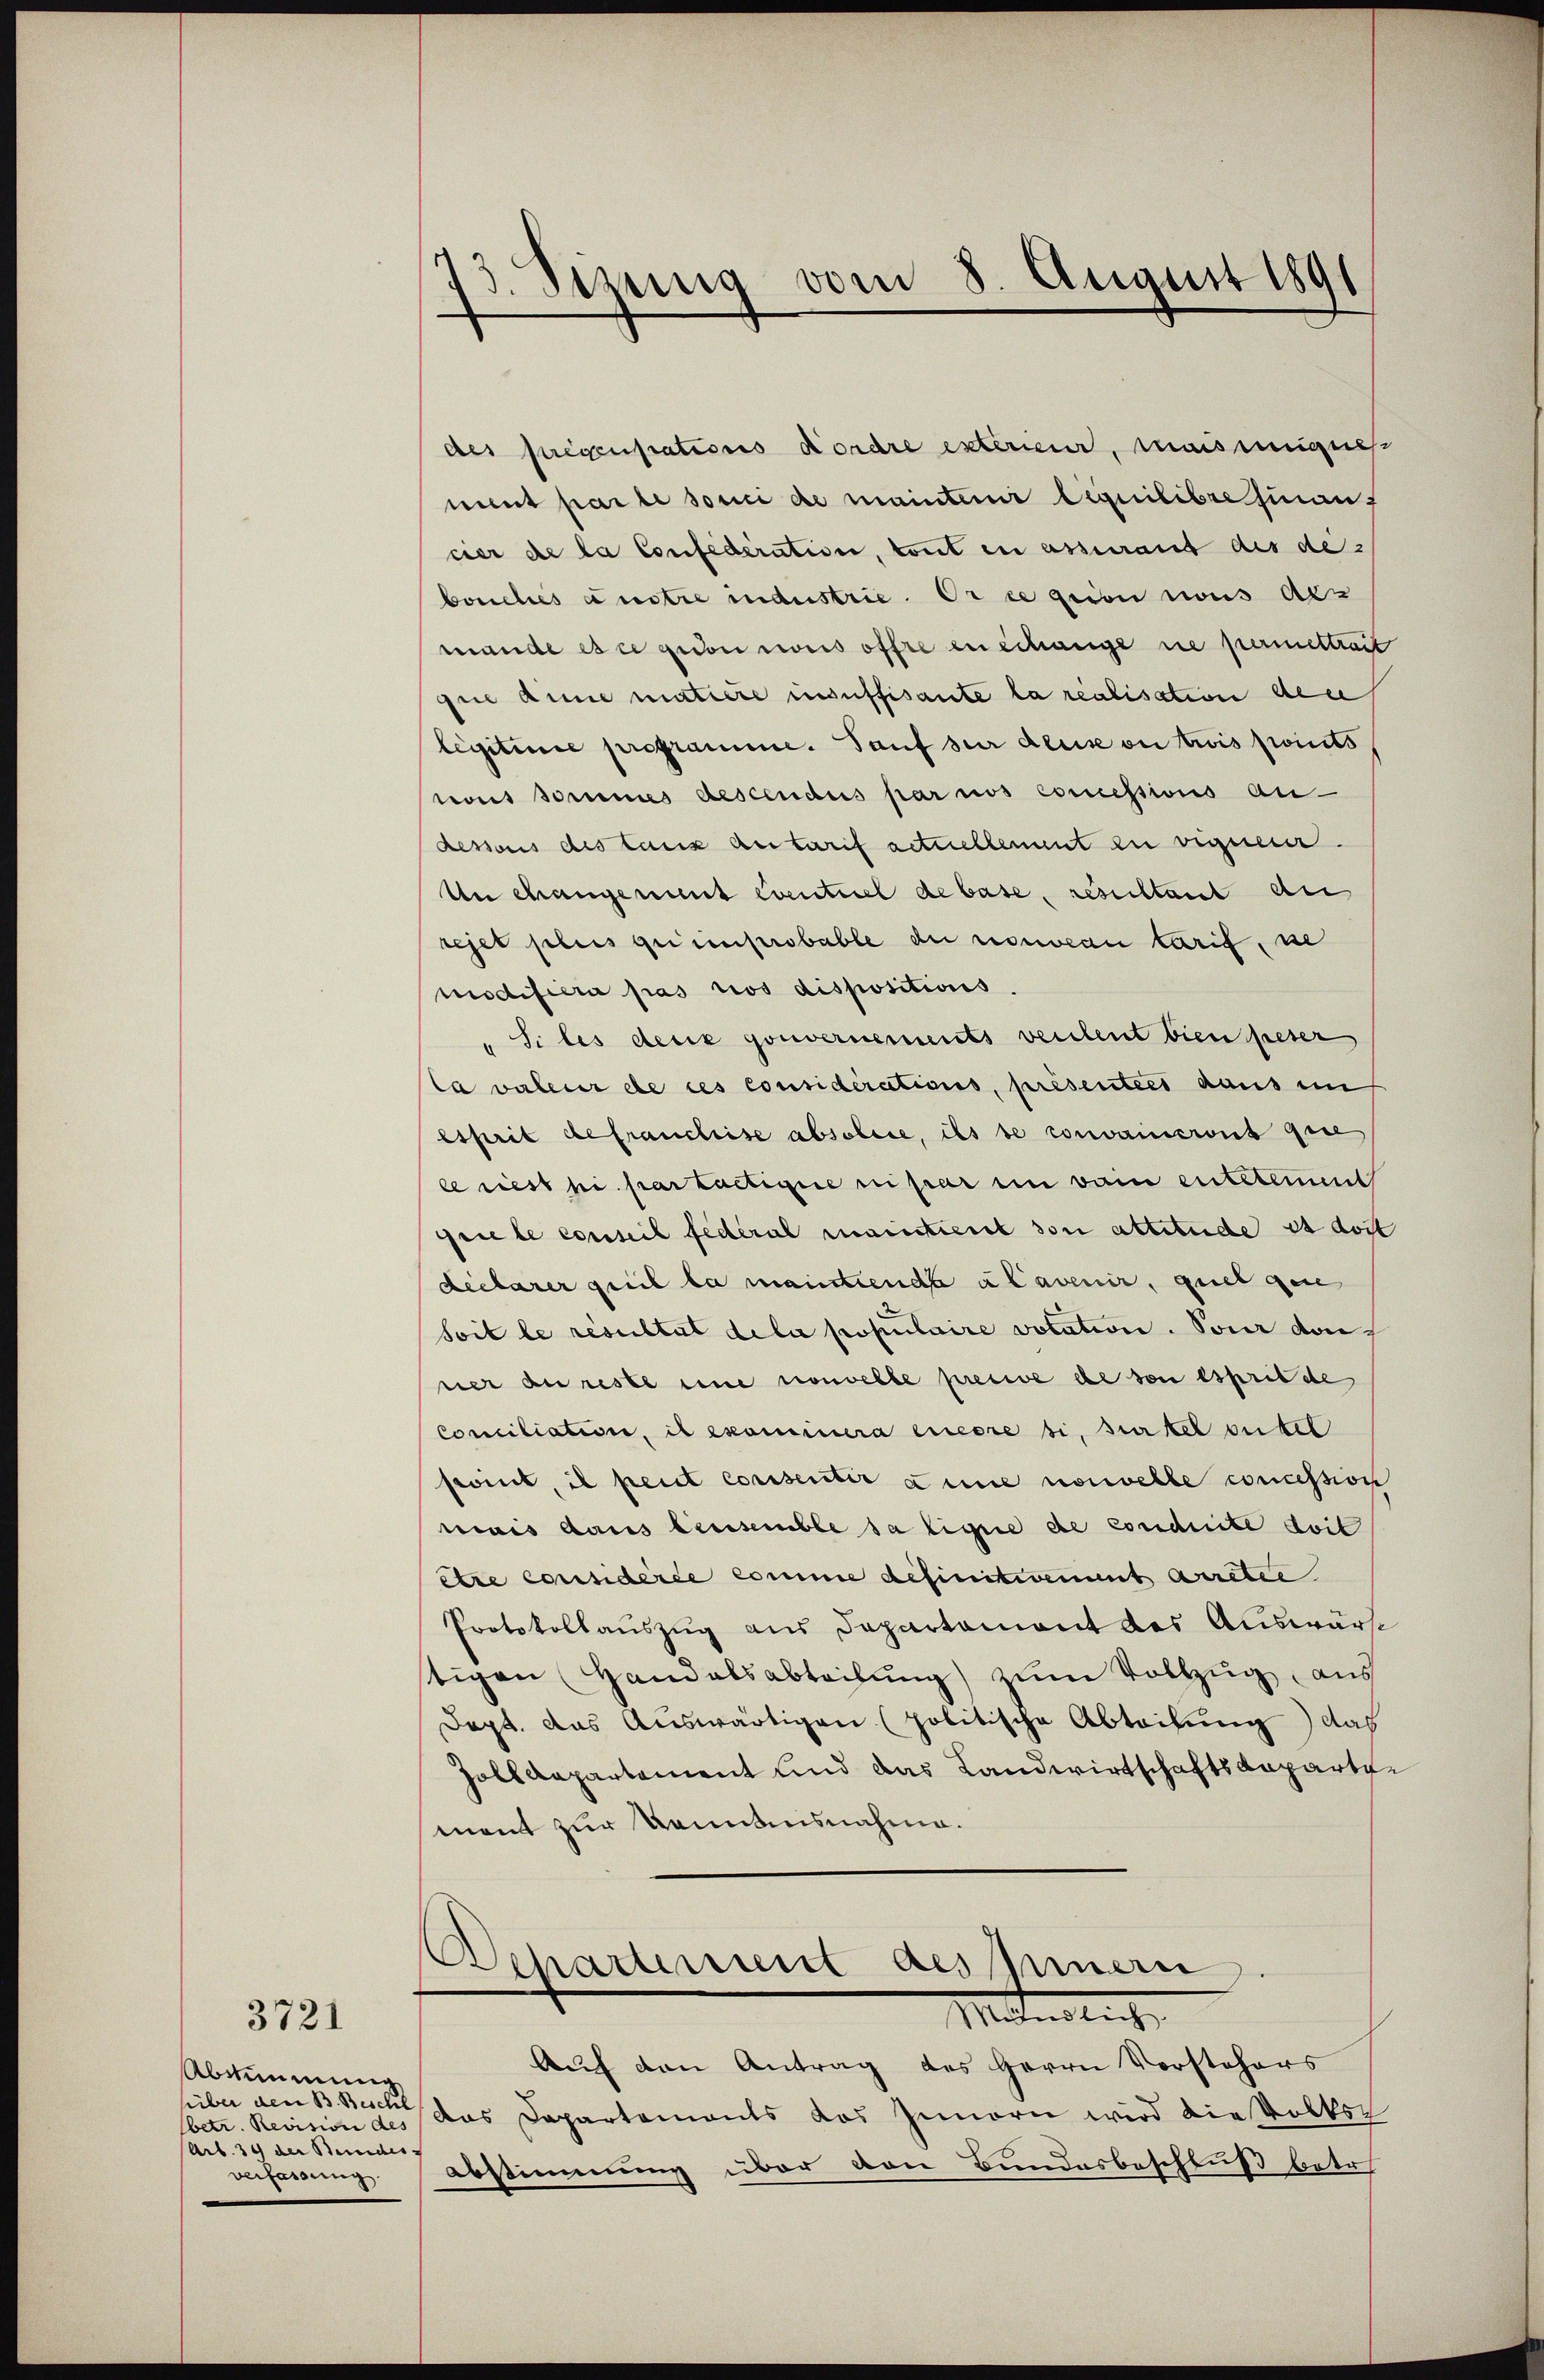
3721

Abstimmung
süber den B. Beschl
Art. 39 der Bundes-
verfassung.

13. Stzung vom 8. August 1891

des pregenpations Kordre extérieur, mais eignes
ment par le souci de mainter Liquilibre hinauf
cier de la Confederation, weil in assurant des de
bouches austre industrie. Er ee geion nous Arz
mande es ce quon weis offre enschange ne permettreit
que aine matière insuffisante la realisation den
Legitime programme. Tauf sur deus ou trois points
nous sommes descendus par nos commissions au
dessous des tanz Antarif actuellemmt zu vigueer.
Un changement eventiel de base, resultant au
rejet plus geimprobable die nouveau tarif se
modifiera pas ros dispositions.
"Si les dere gouvernements verleut bien peser
la valeur de ces considérations, présentées daus in
Esprit befranchise absolire, ils de convaincrit gie
e riest ni partaetigire ni par im kain entstement
prie le conseil fédéral maintiert von attitude et dort
declarer pril la maintende alavenir, quel gene
soit le resultat dela populaire votation. Sour den
ner au reste eine nouvelle preuve de von Esprit de
conciliation, il examinera encore si, surkel stel
point, il peut consentir eine nouvelle concession
mais dans leisemble da ligne de conduite doit
etre considérée comme definitivement arretie
Protokollauszug aus Departement des Auswärt
tigen Handelsabteilung) zum Vollzug aus
Dept. das Auswärtigen (politische Abteilung) das
Zolldepartament und das Landwirtschaftsangarte
ment zur Kenntnisnahme.
Departement dessern.
Materlich
Auf den Antrag des Herrn Vorstehers
betr. Revision des (das Departements das Innern wird die Volksr
abstimmung über von Bundesbeschluß betr.